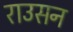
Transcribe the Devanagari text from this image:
राउसन